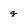
Character: g